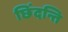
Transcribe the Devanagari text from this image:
छिंदन्ति